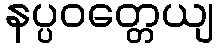
နပ္ပဝတ္တေယျ